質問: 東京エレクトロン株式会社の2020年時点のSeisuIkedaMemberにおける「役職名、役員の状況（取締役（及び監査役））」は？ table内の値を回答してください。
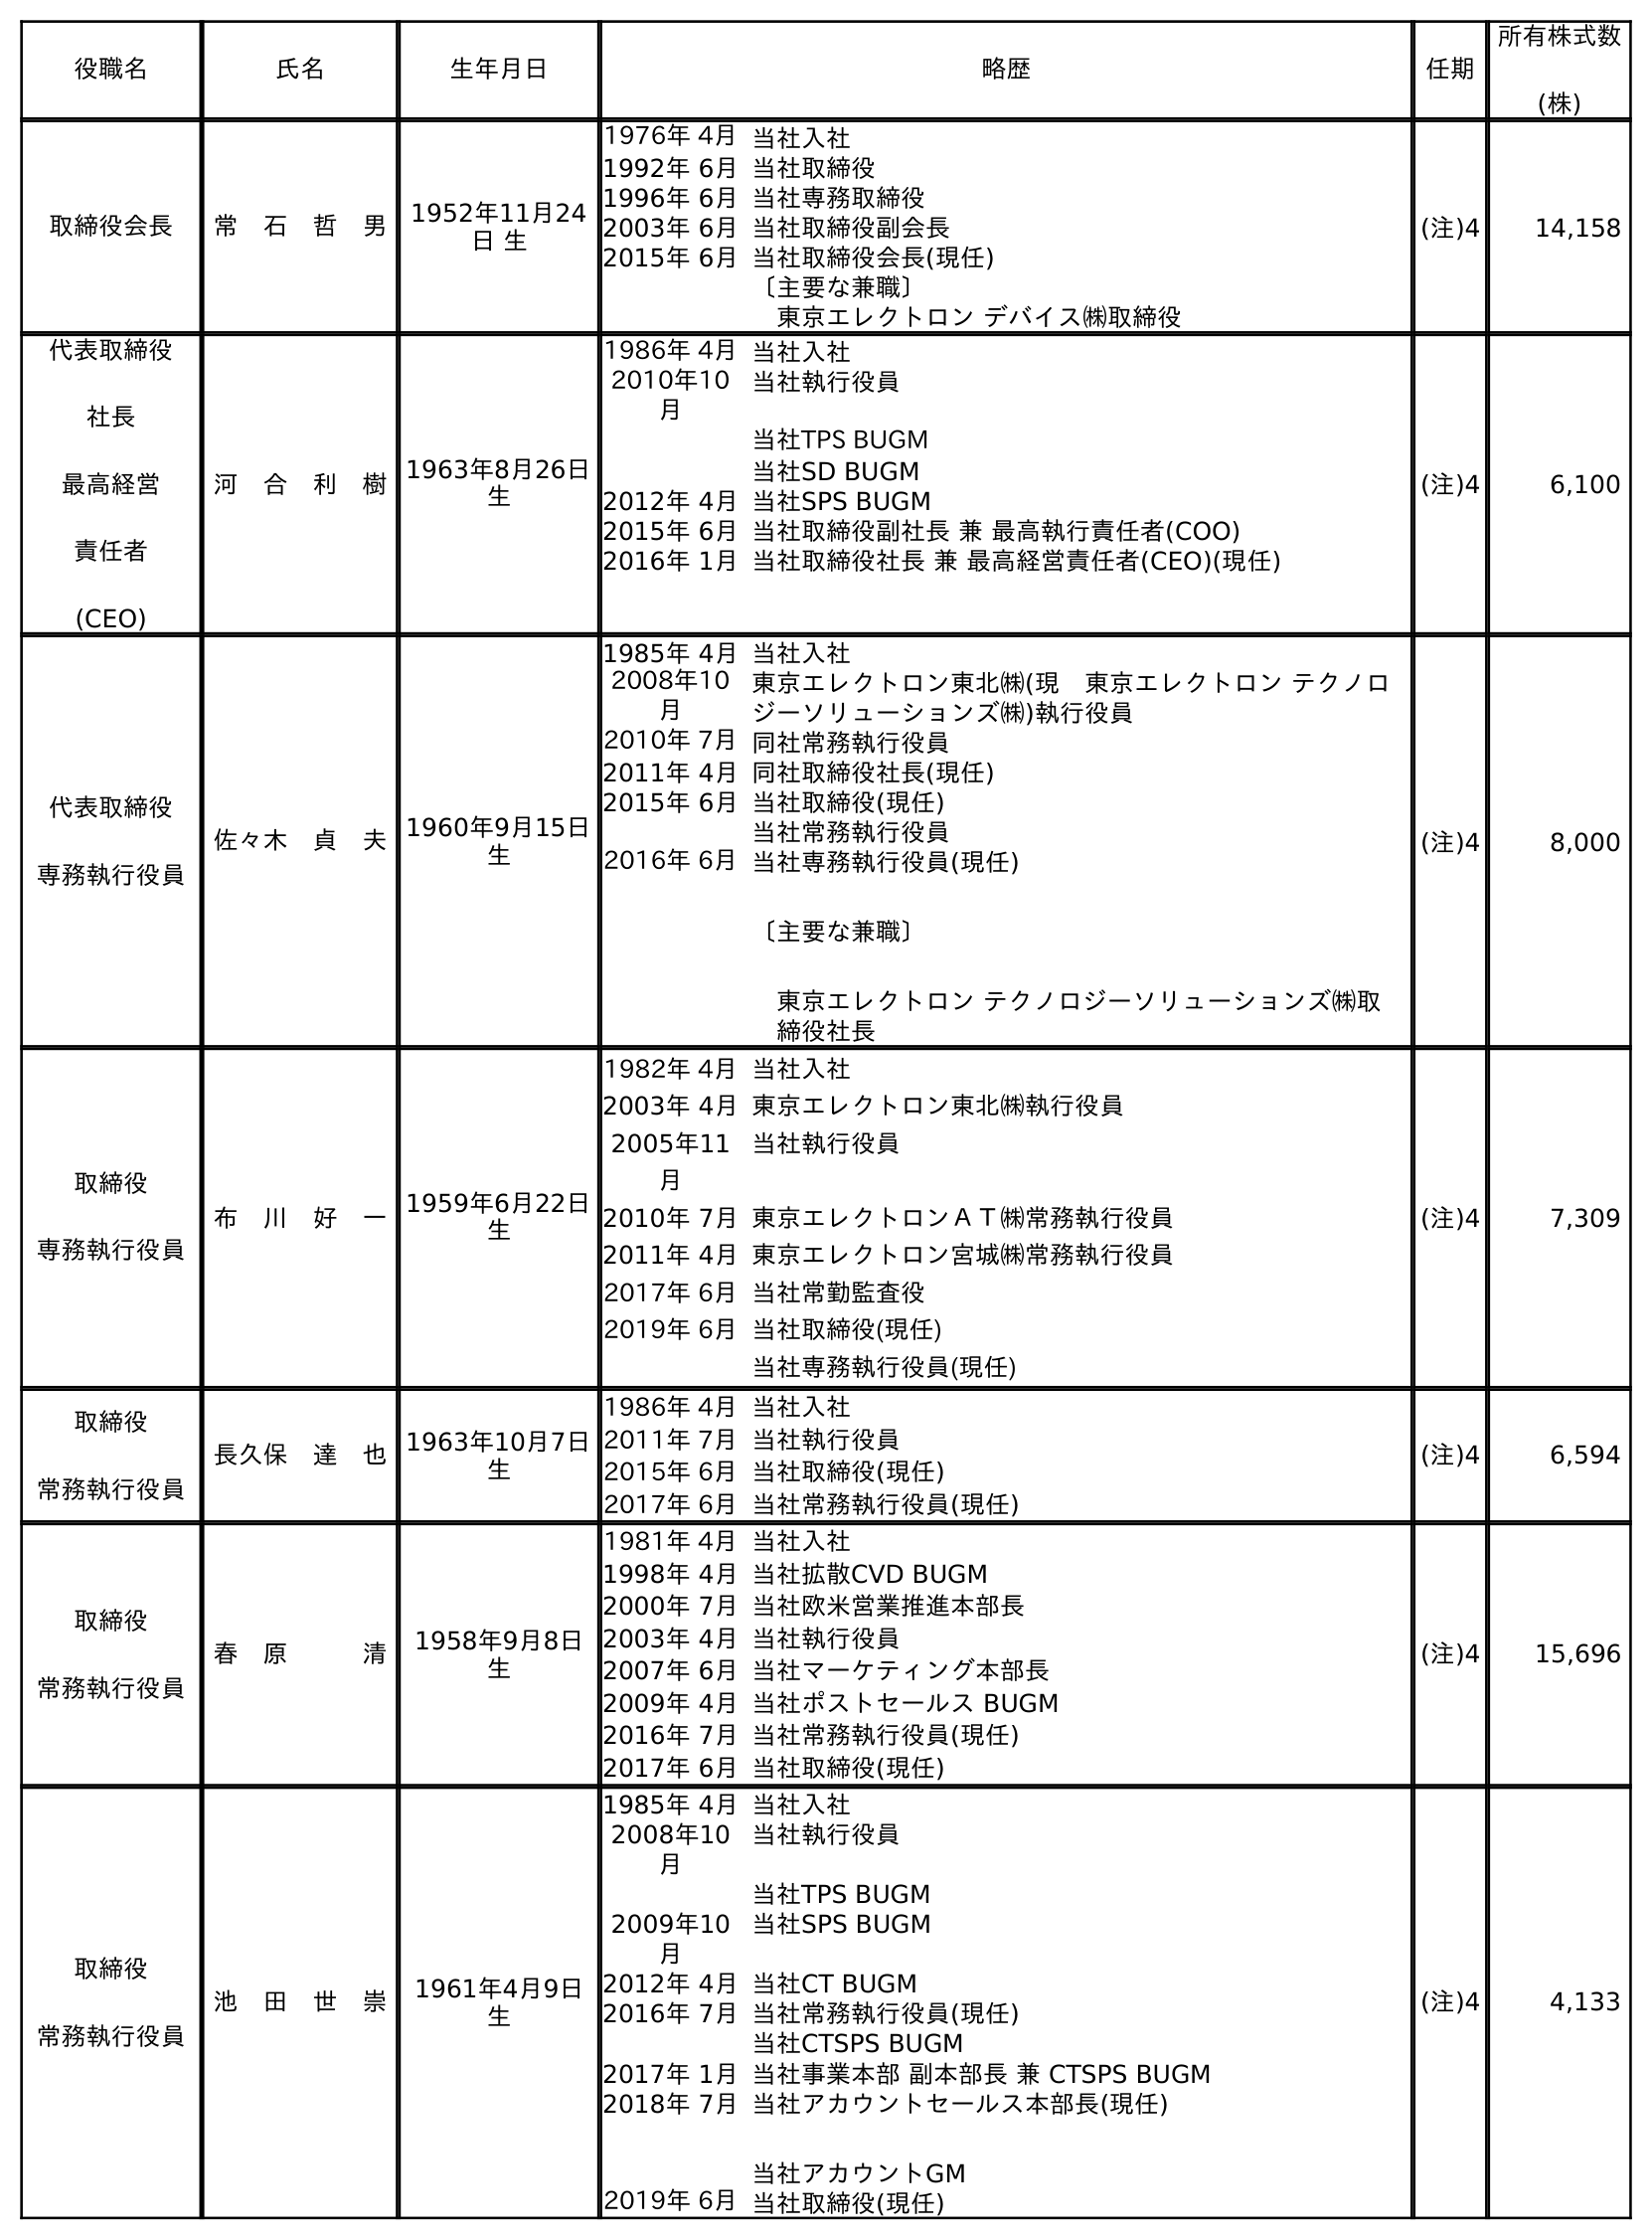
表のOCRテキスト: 役職名 氏名 生年月日 略歴 任期 所有株式数 (株) 取締役会長 常 石 哲 男 1952年11月24 日 生 1976年 4月当社入社 1992年 6月当社取締役 1996年 6月当社専務取締役 2003年 6月当社取締役副会長 2015年 6月当社取締役会長(現任) 〔主要な兼職〕 東京エレクトロン デバイス㈱取締役 (注)4 14,158 代表取締役 社長 最高経営 責任者 (CEO) 河 合 利 樹1963年8月26日 生 1986年 4月当社入社 2010年10 月 当社執行役員 当社TPS BUGM 当社SD BUGM 2012年 4月当社SPS BUGM 2015年 6月当社取締役副社長 兼 最高執行責任者(COO) 2016年 1月当社取締役社長 兼 最高経営責任者(CEO)(現任) (注)4 6,100 代表取締役 専務執行役員 佐々木 貞 夫1960年9月15日 生 1985年 4月当社入社 2008年10 月 東京エレクトロン東北㈱(現 東京エレクトロン テクノロ ジーソリューションズ㈱)執行役員 2010年 7月同社常務執行役員 2011年 4月同社取締役社長(現任) 2015年 6月当社取締役(現任) 当社常務執行役員 2016年 6月当社専務執行役員(現任) 〔主要な兼職〕 東京エレクトロン テクノロジーソリューションズ㈱取 締役社長 (注)4 8,000 取締役 専務執行役員 布 川 好 一1959年6月22日 生 1982年 4月当社入社 2003年 4月東京エレクトロン東北㈱執行役員 2005年11 月 当社執行役員 2010年 7月東京エレクトロンＡＴ㈱常務執行役員 2011年 4月東京エレクトロン宮城㈱常務執行役員 2017年 6月当社常勤監査役 2019年 6月当社取締役(現任) 当社専務執行役員(現任) (注)4 7,309 取締役 常務執行役員 長久保 達 也1963年10月7日 生 1986年 4月当社入社 2011年 7月当社執行役員 2015年 6月当社取締役(現任) 2017年 6月当社常務執行役員(現任) (注)4 6,594 取締役 常務執行役員 春 原   清 1958年9月8日 生 1981年 4月当社入社 1998年 4月当社拡散CVD BUGM 2000年 7月当社欧米営業推進本部長 2003年 4月当社執行役員 2007年 6月当社マーケティング本部長 2009年 4月当社ポストセールス BUGM 2016年 7月当社常務執行役員(現任) 2017年 6月当社取締役(現任) (注)4 15,696 取締役 常務執行役員 池 田 世 崇 1961年4月9日 生 1985年 4月当社入社 2008年10 月 当社執行役員 当社TPS BUGM 2009年10 月 当社SPS BUGM 2012年 4月当社CT BUGM 2016年 7月当社常務執行役員(現任) 当社CTSPS BUGM 2017年 1月当社事業本部 副本部長 兼 CTSPS BUGM 2018年 7月当社アカウントセールス本部長(現任) 当社アカウントGM 2019年 6月当社取締役(現任) (注)4 4,133
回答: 取締役常務執行役員